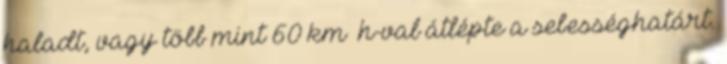
haladt, vagy több mint 60 km h-val átlépte a sebességhatárt.